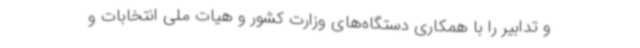
و تدابیر را با همکاری دستگاه‌های وزارت کشور و هیات ملی انتخابات و